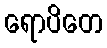
ရောပိတေ